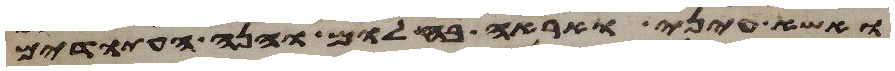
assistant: ואשא עיני ואראה בחלום והנה העתודים